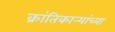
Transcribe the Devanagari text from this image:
क्रांतिकार्‍यांच्या